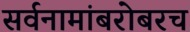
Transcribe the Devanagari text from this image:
सर्वनामांबरोबरच